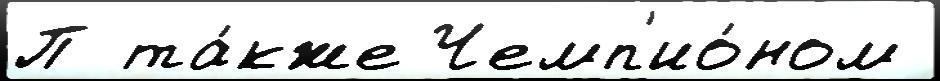
П та́кже Чемп'ио́ном